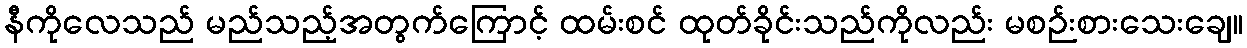
နီကိုလေသည် မည်သည့်အတွက်ကြောင့် ထမ်းစင် ထုတ်ခိုင်းသည်ကိုလည်း မစဉ်းစားသေးချေ။